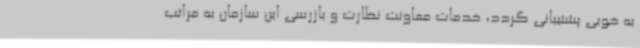
به خوبی پشتیبانی گردد، خدمات معاونت نظارت و بازرسی این سازمان به مراتب